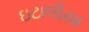
ઇટાલીયા